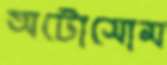
অটোসোম